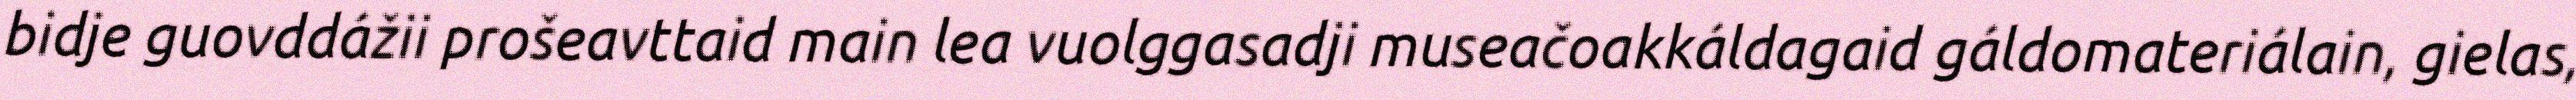
bidje guovddážii prošeavttaid main lea vuolggasadji museačoakkáldagaid gáldomateriálain, gielas,